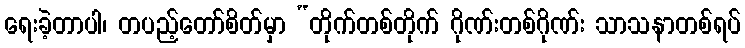
ရေးခဲ့တာပါ၊ တပည့်တော်စိတ်မှာ “တိုက်တစ်တိုက် ဂိုဏ်းတစ်ဂိုဏ်း သာသနာတစ်ရပ်